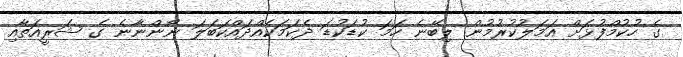
ގެ ހުކުމްފުޅަށް އަމަލުކުރުމުން ލިބޭނެ ހަމަ ކުޑަކުޑަ ދެކަމަކެއްދައްކަބަލަ ނޯންނާނެ ގެ ޝަރީއަތާއި